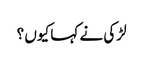
لڑکی نے کہا کیوں ؟